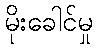
မိုးခေါင်မှု